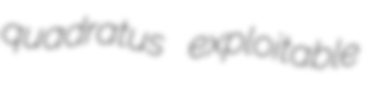
quadratus exploitable